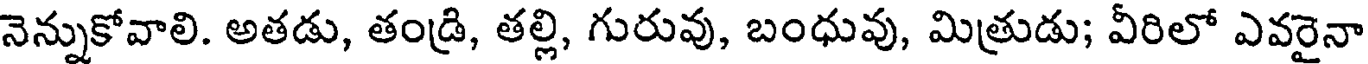
నెన్నుకోవాలి. అతడు, తండ్రి, తల్లి, గురువు, బంధువు, మిత్రుడు; వీరిలో ఎవరైనా